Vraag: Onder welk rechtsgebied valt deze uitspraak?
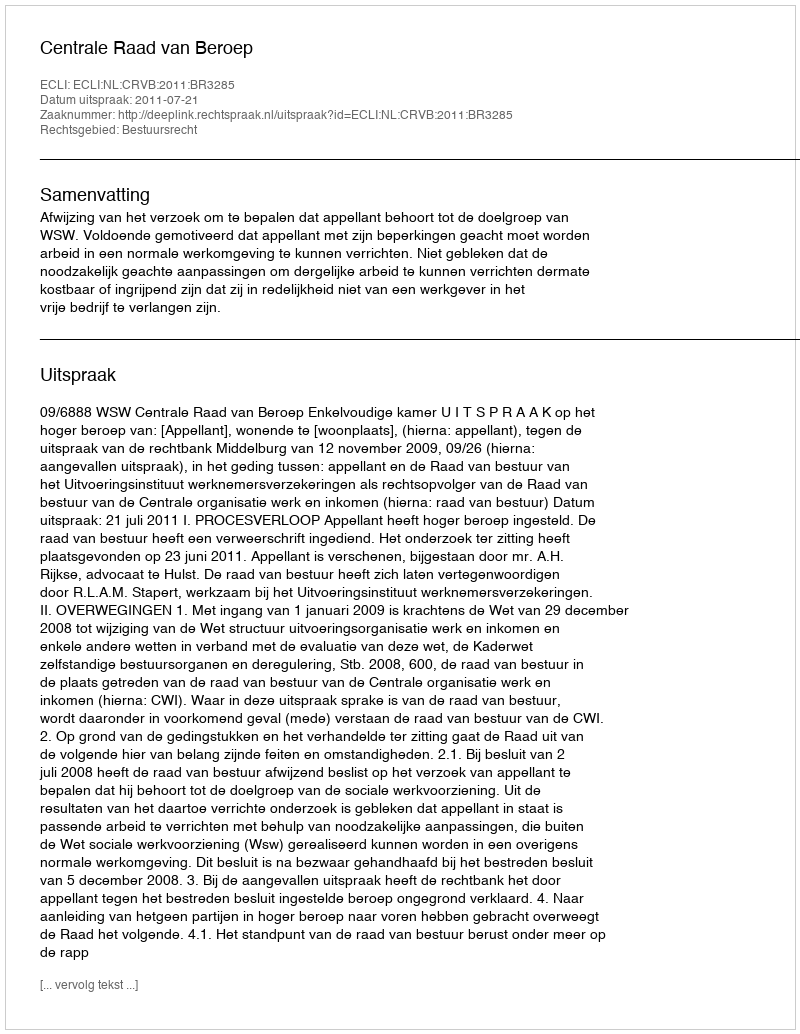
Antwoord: Bestuursrecht